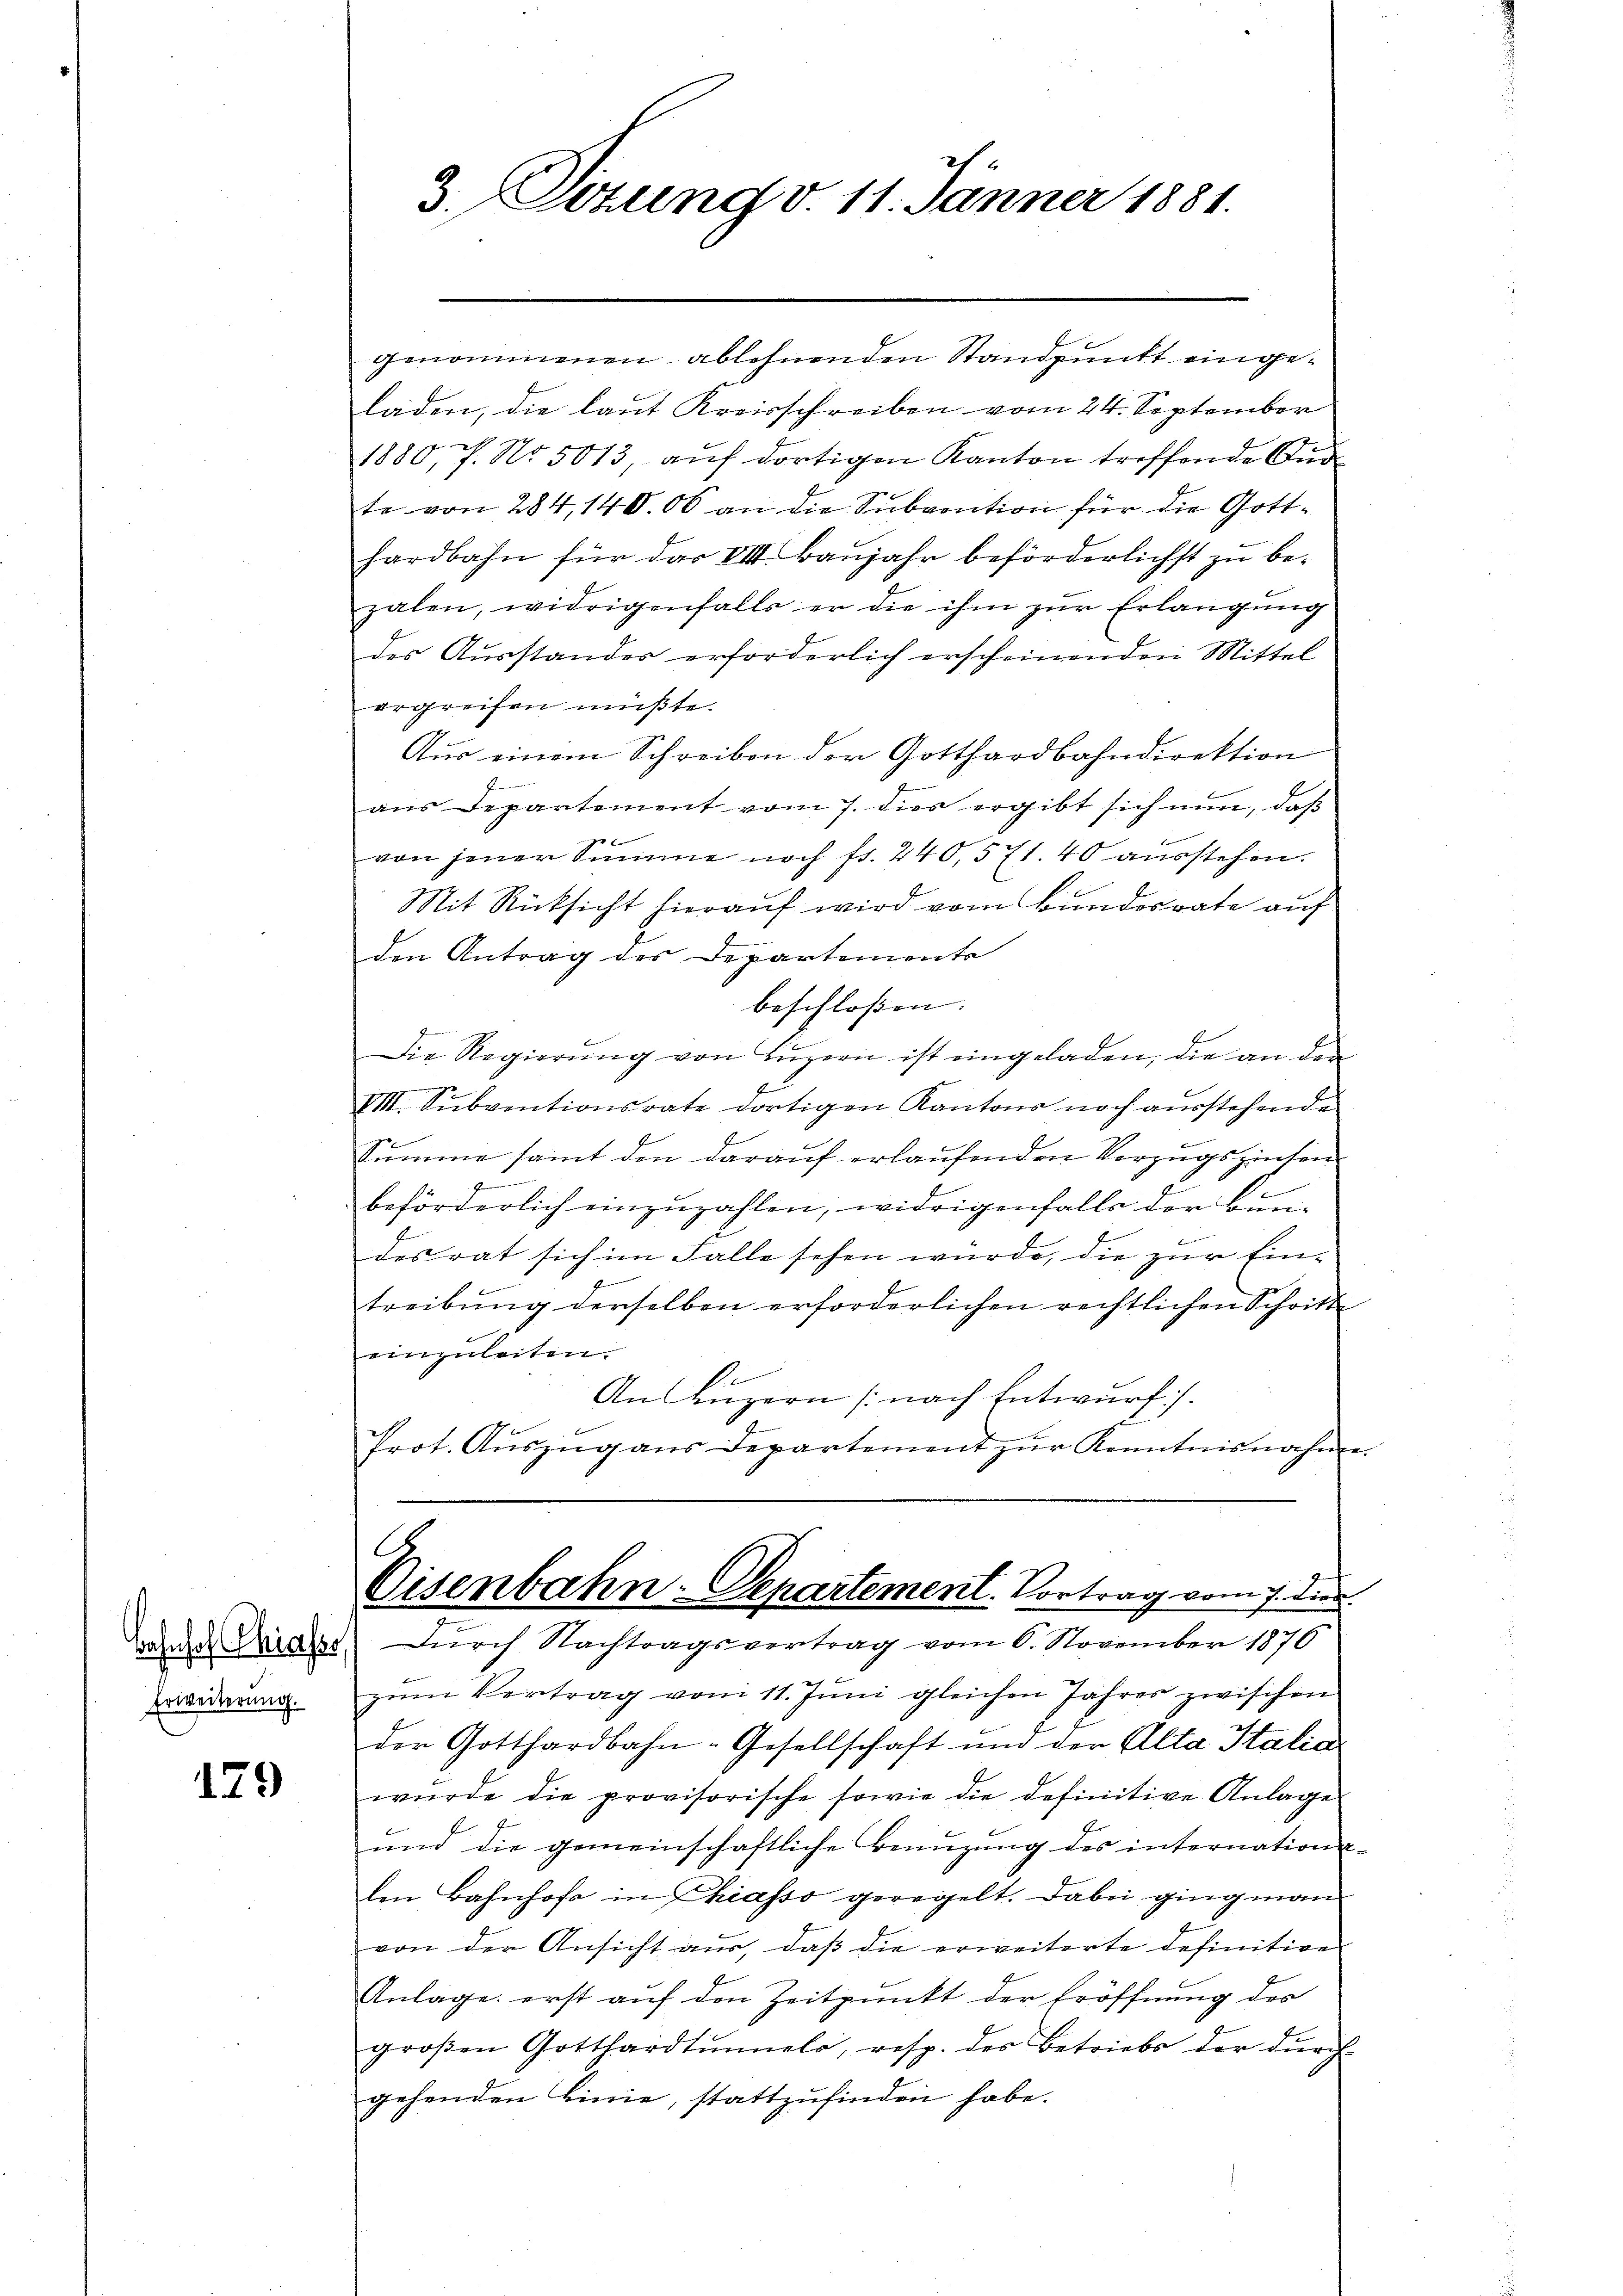
Erweiterung.

129

.
3. Sizung v. 11. Jänner 1881.

genommenen ablehnenden Standpunkt eingeladen, die laut Kreisschreiben vom 24. September
1880, P. No. 5013, auf dortigen Kanton treffende Aud
te von 284, 14000 an die Subvention für die Gotthardbahn für das VIII. Baŭjahr beförderlichst zu bezalen, widrigenfalls er die ihm zŭr Erlangung
des Ausstandes erforderlich erscheinenden Mittel
ergreifen müßte.
Aŭs einem Schreiben der Gotthardbahndirektion
emter den
aus Departement vom 7. dies ergibt sich nun, daß
von jener Summe noch fr. 240,571. 40 ausstehen.
Mit Rücksicht hierauf wird vom Bundesrate auf
den Antrag des Departemente
beschloßen:
Die Regierung von Luzern ist eingeladen, die an der
e
VII. Subventionsrate dortigen Kantons noch ausstehende
Summe samt den darauf erlaufenden Vorzugszinsen
zu
beförderlich einzuzahlen, widrigenfalls der Bun-
desrat sich im Falle sehen würde, die zur Eintreibung derselben erforderlichen rechtlichen Schritt
einzuleiten.
An Luzern (nach Entwurf.
Prot. Aŭszŭg ans Departement zŭr Kenntnisnahme
A
Cisenbahn-Departement. Vortrag vom 7. die
anden Rieser durch Nachtragsvertrag vom 6. November 1876
zum Vertrag vom 11. Juni gleichen Jahrer zwischen
der Gotthardbahn-Gesellschaft und der Alta Italia
wurde die provisorische sowie die definitive Anlage
und die gemeinschaftliche Benuzung des internations-
len Bahnhofe in Phiasso geregelt. Dabei ging man
von der Ansicht aus, daß die erweiterte definitive
Anlage erst auf den Zeitpunkt der Eröffnung des
groβen Gotthardtŭnelo, resp. des Betriebs der dŭrch-
gehenden Linie, stattzufinden habe.